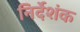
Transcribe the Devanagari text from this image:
निर्देशंक